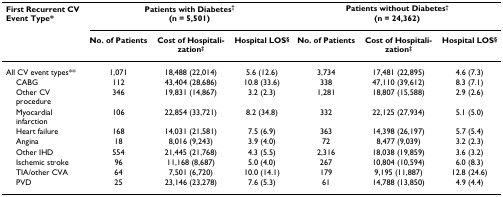
<table><thead><tr><td><b>First Recurrent CV Event Type*</b></td><td colspan="3"><b>Patients with Diabetes<sup>†</sup>(n = 5,501)</b></td><td colspan="3"><b>Patients without Diabetes<sup>†</sup>(n = 24,362)</b></td></tr><tr><td></td><td><b>No. of Patients</b></td><td><b>Cost of Hospitalization<sup>‡</sup></b></td><td><b>Hospital LOS<sup>§</sup></b></td><td><b>No. of Patients</b></td><td><b>Cost of Hospitalization<sup>‡</sup></b></td><td><b>Hospital LOS<sup>§</sup></b></td></tr></thead><tbody><tr><td>All CV event types**</td><td>1,071</td><td>18,488 (22,014)</td><td>5.6 (12.6)</td><td>3,734</td><td>17,481 (22,895)</td><td>4.6 (7.3)</td></tr><tr><td> CABG</td><td>112</td><td>43,404 (28,686)</td><td>10.8 (33.6)</td><td>338</td><td>47,110 (39,612)</td><td>8.3 (7.1)</td></tr><tr><td> Other CV procedure</td><td>346</td><td>19,831 (14,867)</td><td>3.2 (2.3)</td><td>1,281</td><td>18,807 (15,588)</td><td>2.9 (2.6)</td></tr><tr><td> Myocardial infarction</td><td>106</td><td>22,854 (33,721)</td><td>8.2 (34.8)</td><td>332</td><td>22,125 (27,934)</td><td>5.1 (5.0)</td></tr><tr><td> Heart failure</td><td>168</td><td>14,031 (21,581)</td><td>7.5 (6.9)</td><td>363</td><td>14,398 (26,197)</td><td>5.7 (5.4)</td></tr><tr><td> Angina</td><td>18</td><td>8,016 (9,243)</td><td>3.9 (4.0)</td><td>72</td><td>8,477 (9,039)</td><td>3.2 (2.3)</td></tr><tr><td> Other IHD</td><td>554</td><td>21,445 (21,768)</td><td>4.3 (5.5)</td><td>2,316</td><td>18,038 (19,859)</td><td>3.6 (3.2)</td></tr><tr><td> Ischemic stroke</td><td>96</td><td>11,168 (8,687)</td><td>5.0 (4.0)</td><td>267</td><td>10,804 (10,594)</td><td>6.0 (8.3)</td></tr><tr><td> TIA/other CVA</td><td>64</td><td>7,501 (6,720)</td><td>10.0 (14.1)</td><td>179</td><td>9,195 (11,887)</td><td>12.8 (24.6)</td></tr><tr><td> PVD</td><td>25</td><td>23,146 (23,278)</td><td>7.6 (5.3)</td><td>61</td><td>14,788 (13,850)</td><td>4.9 (4.4)</td></tr></tbody></table>